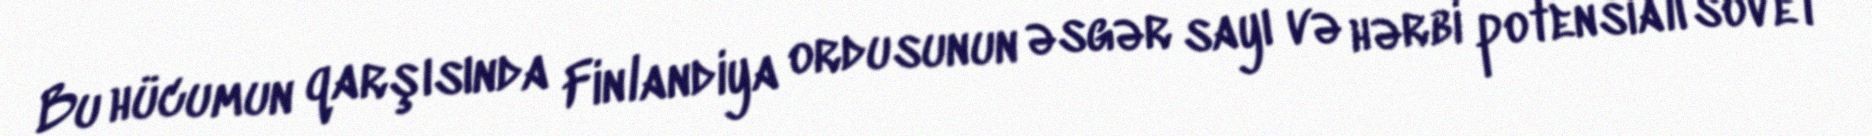
Bu hücumun qarşısında Finlandiya ordusunun əsgər sayı və hərbi potensialı sovet